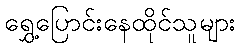
ရွှေ့ပြောင်းနေထိုင်သူများ